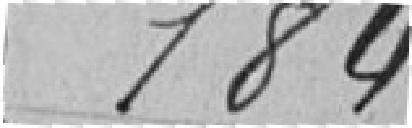
184